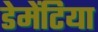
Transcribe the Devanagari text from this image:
डेमेंटिया